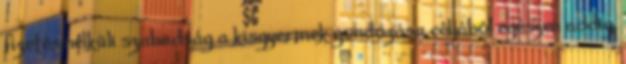
fizetés nélküli szabadság a kisgyermek gondozása céljából egészen addig,